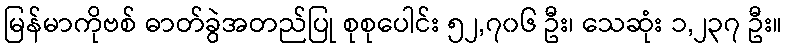
မြန်မာကိုဗစ် ဓာတ်ခွဲအတည်ပြု စုစုပေါင်း ၅၂,၇၀၆ ဦး၊ သေဆုံး ၁,၂၃၇ ဦး။